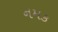
નમક